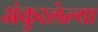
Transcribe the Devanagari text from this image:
अंकुरलेल्या